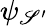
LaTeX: \psi_{\mathscr{S}^{\prime}}